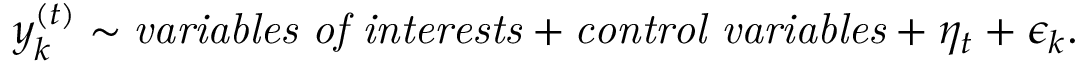
y _ { k } ^ { ( t ) } \sim \mathit { v a r i a b l e s \ o f \ i n t e r e s t s } + \mathit { c o n t r o l \ v a r i a b l e s } + \eta _ { t } + \epsilon _ { k } .